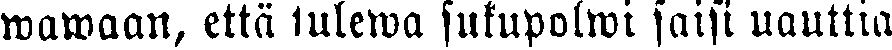
wawaan, että tulewa sukupolwi saisi nauttia